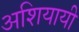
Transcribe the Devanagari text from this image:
अशियायी